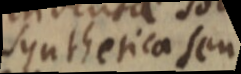
synthetica seu